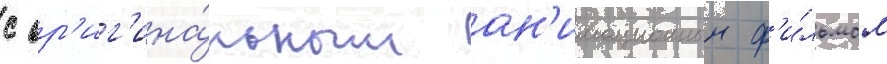
с ор'иг'ина́льным ан'имационным ф'и́льмом